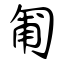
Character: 匍